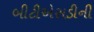
બીટીએસડીની